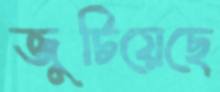
জুটিয়েছে